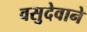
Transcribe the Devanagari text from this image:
वसुदेवाने